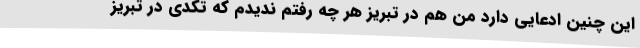
این چنین ادعایی دارد من هم در تبریز هر چه رفتم ندیدم که تکدی در تبریز